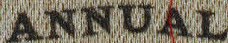
ANNUAL